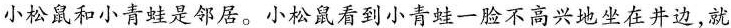
小松鼠和小青蛙是邻居。小松鼠看到小青蛙一脸不高兴地坐在井边，就